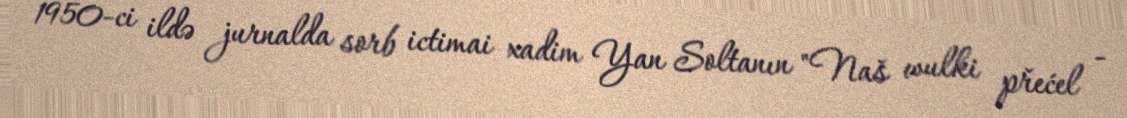
1950-ci ildə jurnalda sorb ictimai xadim Yan Soltanın "Naš wulki přećel -